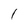
Character: 1